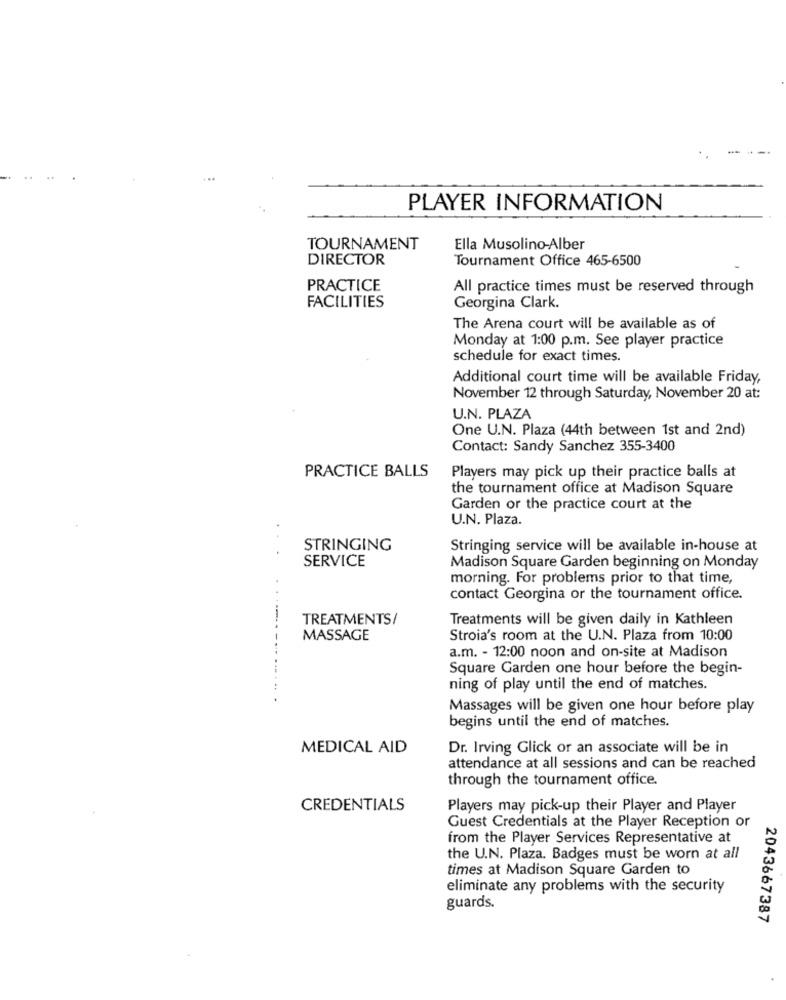
PLAYER INFORMATION
TOURNAMENT
Ella Musolino-Alber
DIRECTOR
Tournament Office 465-6500
PRACTICE
All practice times must be reserved through
FACILITIES
Georgina Clark.
The Arena court will be available as of
Monday at 1:00 p.m. See player practice
schedule for exact times.
Additional court time will be available Friday,
November 12 through Saturday, November 20 at:
U.N. PLAZA
One U.N. Plaza (44th between 1st and 2nd)
Contact: Sandy Sanchez 355-3400
PRACTICE BALLS
Players may pick up their practice balls at
the tournament office at Madison Square
Garden or the practice court at the
U.N. Plaza.
STRINGING
Stringing service will be available in-house at
SERVICE
Madison Square Garden beginning on Monday
morning. For problems prior to that time,
contact Georgina or the tournament office.
TREATMENTS/
Treatments will be given daily in Kathleen
MASSAGE
Stroia's room at the U.N. Plaza from 10:00
a.m. - 12:00 noon and on-site at Madison
Square Garden one hour before the begin-
ning of play until the end of matches.
Massages will be given one hour before play
begins until the end of matches.
MEDICAL AID
Dr. Irving Glick or an associate will be in
attendance at all sessions and can be reached
through the tournament office.
CREDENTIALS
Players may pick-up their Player and Player
Guest Credentials at the Player Reception or
from the Player Services Representative at
the U.N. Plaza. Badges must be worn at all
times at Madison Square Garden to
eliminate any problems with the security
guards.
2043667387